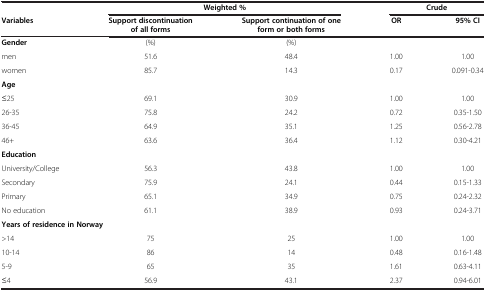
<table><thead><tr><td>[EMPTY_CELL]</td><td colspan="2"><b>Weighted %</b></td><td colspan="2"><b>Crude</b></td></tr><tr><td><b>Variables</b></td><td><b>Support discontinuation of all forms</b></td><td><b>Support continuation of one form or both forms</b></td><td><b>OR</b></td><td><b>95% CI</b></td></tr></thead><tbody><tr><td><b>Gender</b></td><td>(%)</td><td>(%)</td><td>[EMPTY_CELL]</td><td>[EMPTY_CELL]</td></tr><tr><td>men</td><td>51.6</td><td>48.4</td><td>1.00</td><td>1.00</td></tr><tr><td>women</td><td>85.7</td><td>14.3</td><td>0.17</td><td>0.091-0.34</td></tr><tr><td><b>Age</b></td><td>[EMPTY_CELL]</td><td>[EMPTY_CELL]</td><td>[EMPTY_CELL]</td><td>[EMPTY_CELL]</td></tr><tr><td>≤25</td><td>69.1</td><td>30.9</td><td>1.00</td><td>1.00</td></tr><tr><td>26-35</td><td>75.8</td><td>24.2</td><td>0.72</td><td>0.35-1.50</td></tr><tr><td>36-45</td><td>64.9</td><td>35.1</td><td>1.25</td><td>0.56-2.78</td></tr><tr><td>46+</td><td>63.6</td><td>36.4</td><td>1.12</td><td>0.30-4.21</td></tr><tr><td><b>Education</b></td><td>[EMPTY_CELL]</td><td>[EMPTY_CELL]</td><td>[EMPTY_CELL]</td><td>[EMPTY_CELL]</td></tr><tr><td>University/College</td><td>56.3</td><td>43.8</td><td>1.00</td><td>1.00</td></tr><tr><td>Secondary</td><td>75.9</td><td>24.1</td><td>0.44</td><td>0.15-1.33</td></tr><tr><td>Primary</td><td>65.1</td><td>34.9</td><td>0.75</td><td>0.24-2.32</td></tr><tr><td>No education</td><td>61.1</td><td>38.9</td><td>0.93</td><td>0.24-3.71</td></tr><tr><td><b>Years of residence in Norway</b></td><td>[EMPTY_CELL]</td><td>[EMPTY_CELL]</td><td>[EMPTY_CELL]</td><td>[EMPTY_CELL]</td></tr><tr><td>&gt;14</td><td>75</td><td>25</td><td>1.00</td><td>1.00</td></tr><tr><td>10-14</td><td>86</td><td>14</td><td>0.48</td><td>0.16-1.48</td></tr><tr><td>5-9</td><td>65</td><td>35</td><td>1.61</td><td>0.63-4.11</td></tr><tr><td>≤4</td><td>56.9</td><td>43.1</td><td>2.37</td><td>0.94-6.01</td></tr></tbody></table>